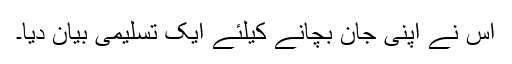
اس نے اپنی جان بچانے کیلئے ایک تسلیمی بیان دیا۔